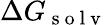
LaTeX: \Delta G_{\mathrm{~s~o~l~v~}}